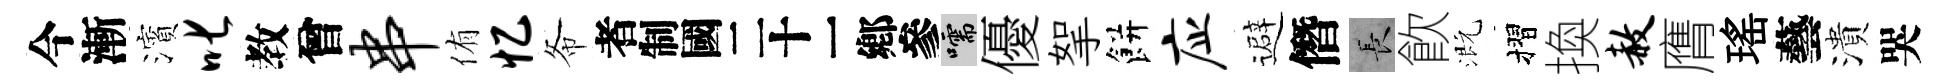
今漸濱叱教曾串侑忆𢁙识嚅優挐餅应避僭长飮溉摺換赦膺瑤藝潰哭